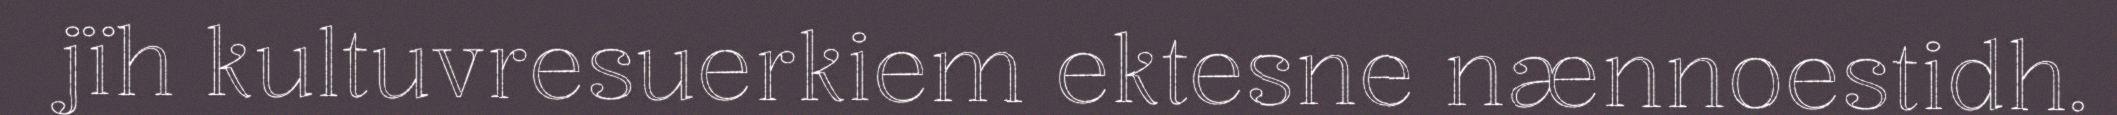
jïh kultuvresuerkiem ektesne nænnoestidh.